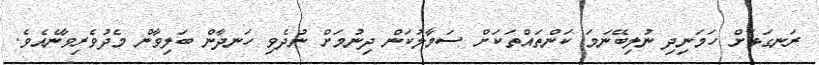
ރަނގަޅަށް ހަމަނިދި ނުލިބޭނަމަ ކަންތައްތަކަށްް ސަމާލުކަން ދިނުމަށް ނުދެވި ހަނދާން ބަލިވާން މެދުވެރިވާނެއެވެ.